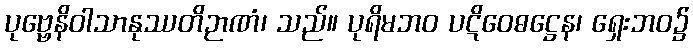
ပုဗ္ဗေနိဝါသာနုဿတိဉာဏံ၊ သည်။ ပုရိမဘဝ ပဋိဝေဓဋ္ဌေန၊ ရှေးဘဝ၌